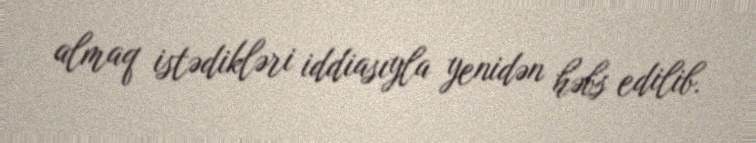
almaq istədikləri iddiasıyla yenidən həbs edilib.